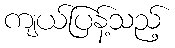
ကျယ်ပြန့်သည့်